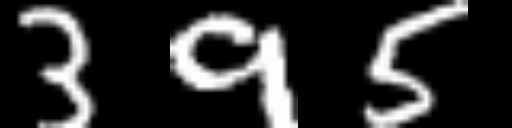
Text: 395